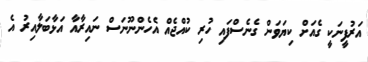
އަރުފީނަކީ ގެއަށް ކިޔަވަން ގެނެސްފައި ހުރި ކުއްޖެއް އެހެންނޫނަސް ނައިރާއާ އަޅާބަލާއިރު އެ